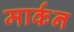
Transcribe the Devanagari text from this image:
मार्कन